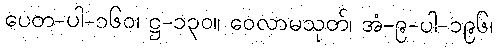
ပေတ-ပါ-၁၆၀၊ ဋ္ဌ-၁၃၀။ ဝေလာမသုတ်၊ အံ-၉-ပါ-၁၉၆၊